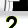
Digit: 2